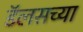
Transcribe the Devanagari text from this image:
डॅलसच्या